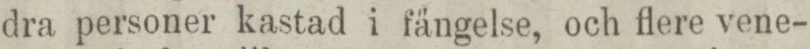
dra personer kastad i fängelse, och flere vene-